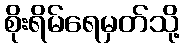
စိုးရိမ်ရေမှတ်သို့